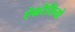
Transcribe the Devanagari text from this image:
ऐग्ररैसियो